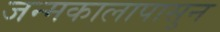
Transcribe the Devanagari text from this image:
जन्मकालापासुन